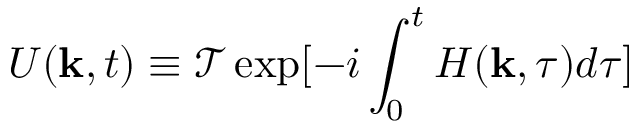
U ( \mathbf { k } , t ) \equiv \mathcal { T } \exp [ - i \int _ { 0 } ^ { t } H ( \mathbf { k } , \tau ) d \tau ]